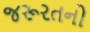
જરૂરતનો